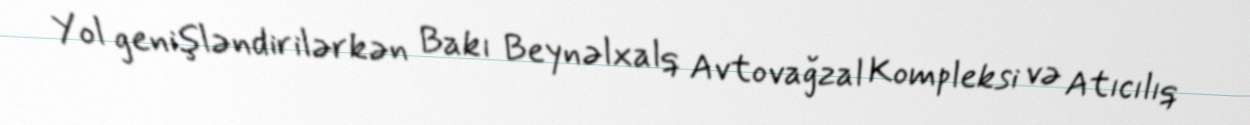
Yol genişləndirilərkən Bakı Beynəlxalq Avtovağzal Kompleksi və Atıcılıq